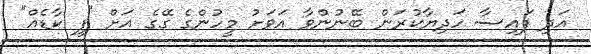
އަދި ފައިސާ ހަދިޔާކުރަން ބޭނުންވާ އަވަށު މީހުންގެ ގޭގެ އަށް "ފީ ކާޑެއް"